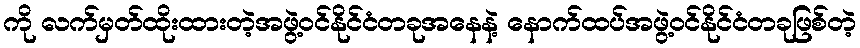
ကို လက်မှတ်ထိုးထားတဲ့အဖွဲ့ဝင်နိုင်ငံတခုအနေနဲ့ နောက်ထပ်အဖွဲ့ဝင်နိုင်ငံတခုဖြစ်တဲ့